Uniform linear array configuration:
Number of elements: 48
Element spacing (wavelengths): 1
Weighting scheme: blackman
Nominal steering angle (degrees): -30
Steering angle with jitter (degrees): -30.668
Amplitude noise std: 0.05
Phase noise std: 0.05

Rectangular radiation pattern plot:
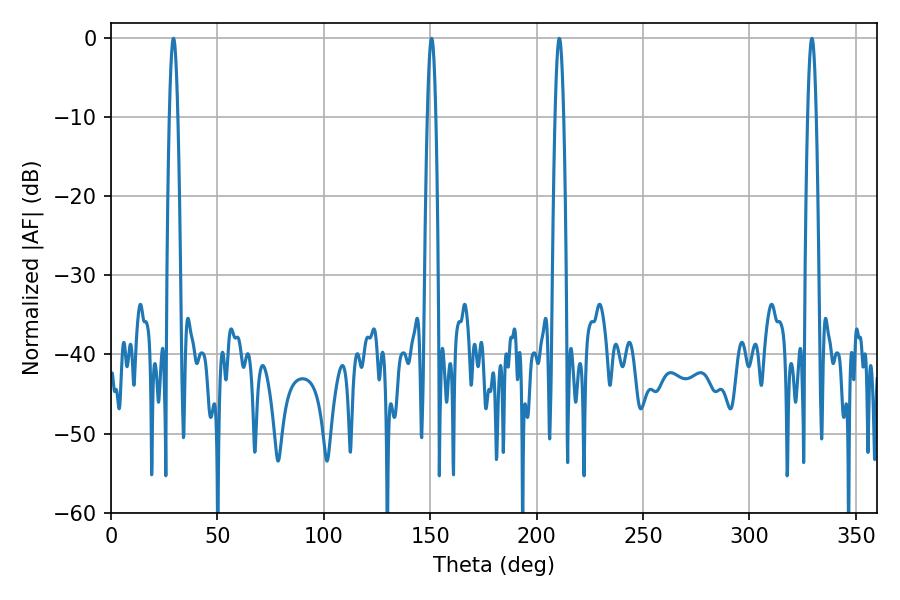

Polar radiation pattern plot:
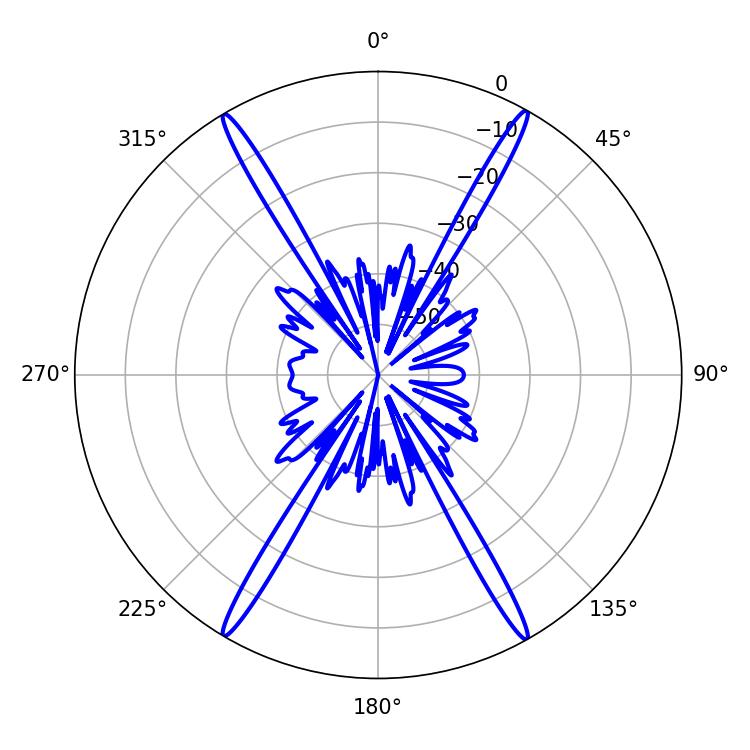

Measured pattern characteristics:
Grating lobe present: TRUE
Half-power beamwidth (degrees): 2.16
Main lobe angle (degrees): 29.34